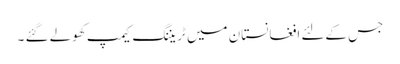
جس کےلئے افغانستان میں ٹریننگ کیمپ کھولے گئے ۔